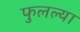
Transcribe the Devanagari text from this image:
फुलल्या